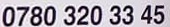
0780 320 33 45